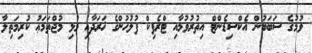
ވުމުގެ ސަބަބުން އެކްސިޑެންޓް އިތުރުވުމާއި ޓްރެފިކް ފުލުހުންގެ ޚަރަދާއި މުޅި މުޖްތަމަޢު ކުރިމަތިލާ